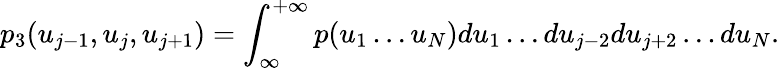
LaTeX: p_{3}(u_{j-1},u_{j},u_{j+1})=\int_{\infty}^{+\infty}p(u_{1}\dots u_{N})du_{1}\dots du_{j-2}du_{j+2}\dots du_{N}.